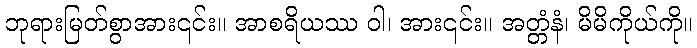
ဘုရားမြတ်စွာအား၎င်း။ အာစရိယဿ ဝါ၊ အား၎င်း။ အတ္တံနံ၊ မိမိကိုယ်ကို။